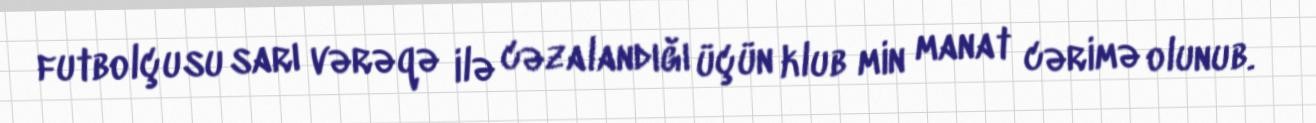
futbolçusu sarı vərəqə ilə cəzalandığı üçün klub min manat cərimə olunub.